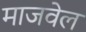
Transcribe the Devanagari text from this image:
माजवेल